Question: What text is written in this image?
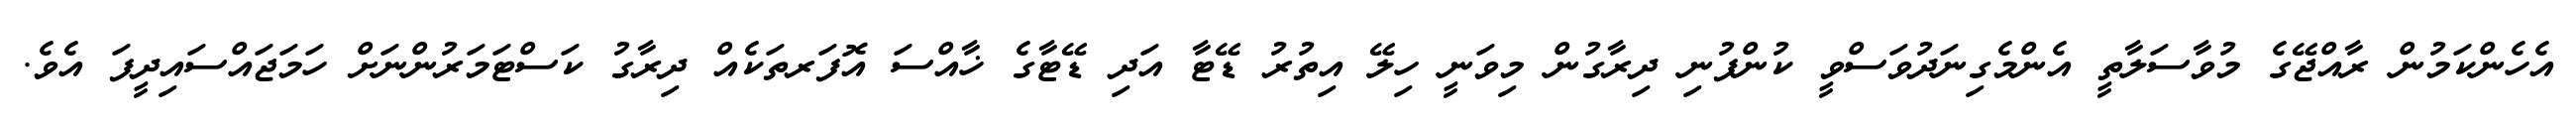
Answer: އެހެންކަމުން ރާއްޖޭގެ މުވާސަލާތީ އެންމެގިނަދުވަސްވީ ކުންފުނި ދިރާގުން މިވަނީ ހިލޭ އިތުރު ޑޭޓާ އަދި ޑޭޓާގެ ޚާއްސަ އޮފަރތަކެއް ދިރާގު ކަސްޓަމަރުންނަށް ހަމަޖައްސައިދީފަ އެވެ.